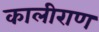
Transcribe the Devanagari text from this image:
कालीराण